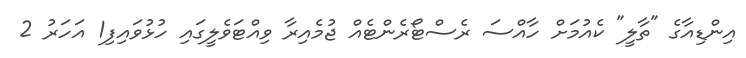
އިންޑިއާގެ "ތާލީ" ކެއުމަށް ހާއްސަ ރެސްޓޯރެންޓެއް ޖުމެއިރާ ވިއްޓަވެލީގައި ހުޅުވައިފި1 އަހަރު 2